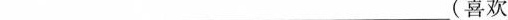
___(喜欢